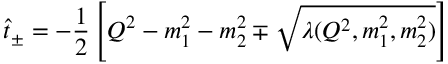
\hat { t } _ { \pm } = - \frac { 1 } { 2 } \left[ Q ^ { 2 } - m _ { 1 } ^ { 2 } - m _ { 2 } ^ { 2 } \mp \sqrt { \lambda ( Q ^ { 2 } , m _ { 1 } ^ { 2 } , m _ { 2 } ^ { 2 } ) } \right]